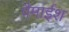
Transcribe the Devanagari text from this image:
पैमाईश